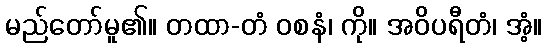
မည်တော်မူ၏။ တထာ-တံ ဝစနံ၊ ကို။ အဝိပရီတံ၊ အံ့။